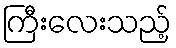
ကြီးလေးသည့်